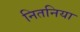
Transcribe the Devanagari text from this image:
नितनिया